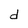
Character: d